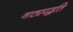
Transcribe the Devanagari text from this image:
नाट्यपद्धति